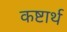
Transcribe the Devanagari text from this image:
कष्टार्थ